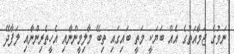
ނަވުގެ ޖަމާއަތުގެ އެއް ބަޔަކީ މަތީ ބައިގައި ތިބޭ މާލިމީންނާއި އެހީތެރިންނާއި ލަފާދޭ